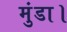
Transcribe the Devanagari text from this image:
मुंडा।